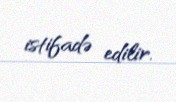
istifadə edilir.